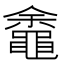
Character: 𬹡